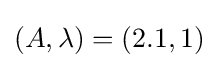
(A,\lambda )=(2.1,1)